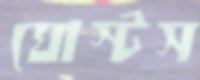
ঘোস্টস